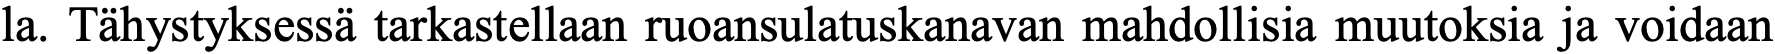
la. Tähystyksessä tarkastellaan ruoansulatuskanavan mahdollisia muutoksia ja voidaan